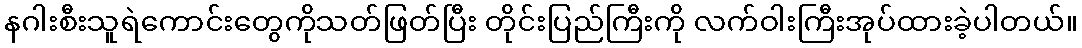
နဂါးစီးသူရဲကောင်းတွေကိုသတ်ဖြတ်ပြီး တိုင်းပြည်ကြီးကို လက်ဝါးကြီးအုပ်ထားခဲ့ပါတယ်။